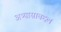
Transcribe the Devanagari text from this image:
अभ्यासाबद्दल